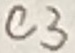
Text: C3